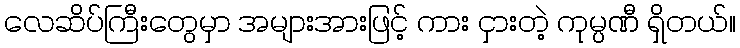
လေဆိပ်ကြီးတွေမှာ အများအားဖြင့် ကား ငှားတဲ့ ကုမ္ပဏီ ရှိတယ်။